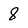
Character: 8